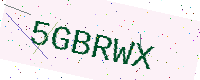
Text: 5GBRWX